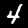
Digit: 4